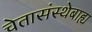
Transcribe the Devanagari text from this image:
चेतासंस्थेबाह्य